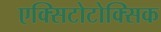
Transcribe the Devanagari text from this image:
एक्सिटोटोक्सिक